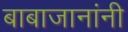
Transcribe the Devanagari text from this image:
बाबाजानांनी